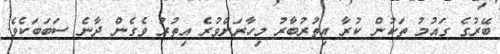
ބޭރުގެ ގައުމު ތަކުން ކުރާ އިތުރުބާރު މިހާރަށްވުރެ އިތުރު ވެގެން ދާނެ ސަބަބަކެވެ.